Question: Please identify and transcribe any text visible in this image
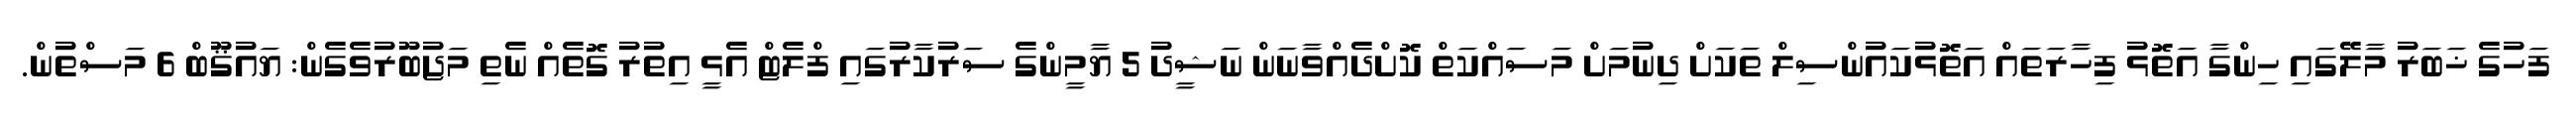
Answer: ފަހުގެ ޚަބަރު މާލޭގައި ހިންގާ އަތޮޅު ފިހާރަތައް އަތޮޅުކައުންސިލް ތަކަށް ދިނުމަށް މަސައްކަތް ކޮށްދެއްވާނަން ނަޝީދު 5 ޔާމީންގެ ސަރުކާރުގައި ފްލެޓް އެޅީ އިތުރު ގޮތެއް ނެތި މަޖުބޫރުވެގެން: ޔައުޤޫބް 6 މަސްތުން.